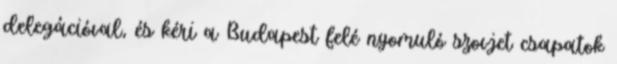
delegációval, és kéri a Budapest felé nyomuló szovjet csapatok